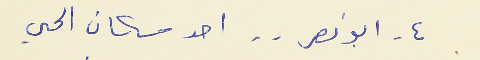
٤ - ابو نصر . . احد سكان الحي